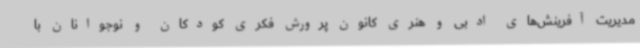
مدیریت آفرینش‌های ادبی و هنری کانون پرورش فکری کودکان و نوجوانان با